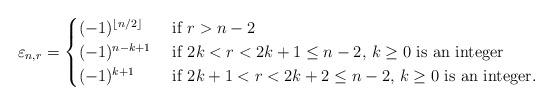
LaTeX: \begin{align*}\varepsilon_{n,r}=\begin{cases}(-1)^{\lfloor n/2\rfloor} & \textrm{ if $r>n-2$}\\(-1)^{n-k+1} & \textrm{ if $2k<r<2k+1\le n-2,$ $k\ge 0$ is an integer}\\(-1)^{k+1} & \textrm{ if $2k+1<r<2k+2\le n-2,$ $k\ge 0$ is an integer}.\end{cases}\end{align*}